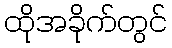
ထိုအခိုက်တွင်